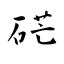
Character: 硭